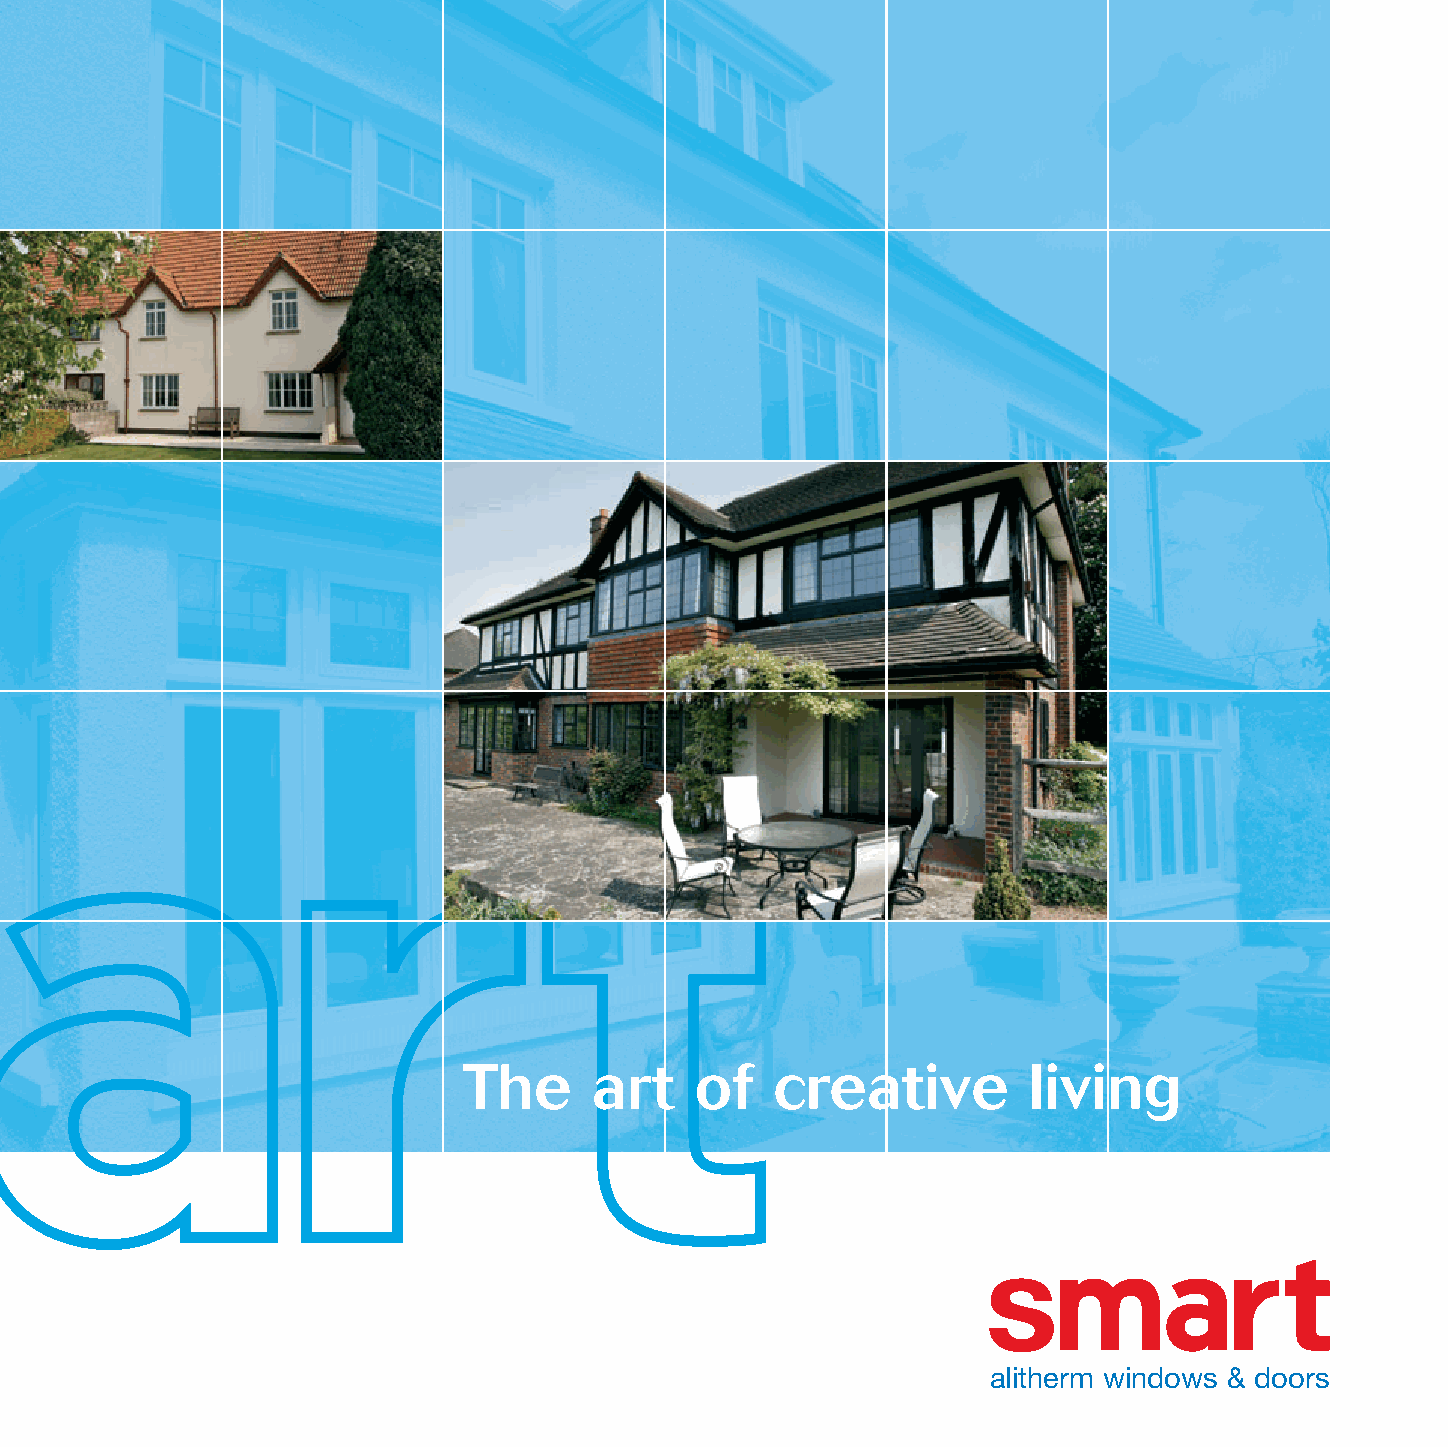
Alitherm 245x245 Aug09 1/10/09 14:54 Page 1
 The     art    of   creative         living
 alitherm windows & doors